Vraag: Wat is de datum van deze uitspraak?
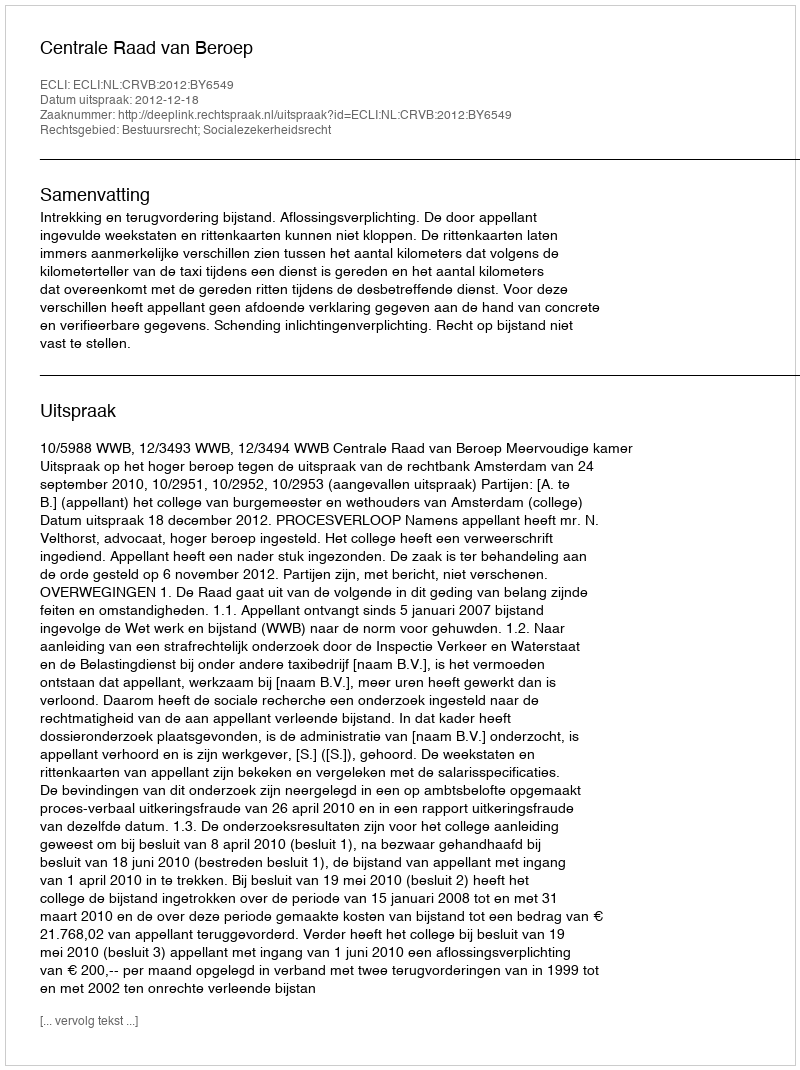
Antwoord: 2012-12-18